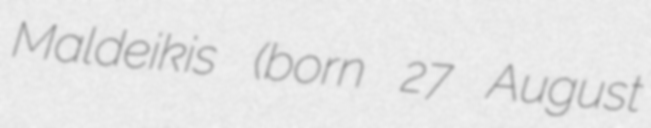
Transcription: Maldeikis (born 27 August